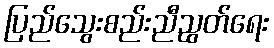
ပြည်သွေးစည်းညီညွတ်ရေး